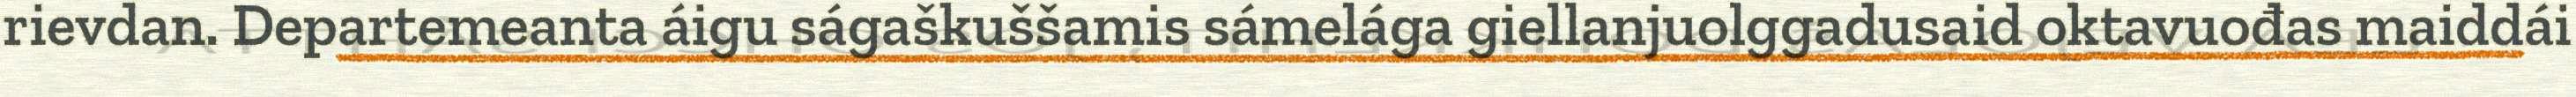
rievdan. Departemeanta áigu ságaškuššamis sámelága giellanjuolggadusaid oktavuođas maiddái